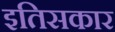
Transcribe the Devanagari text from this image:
इतिसकार